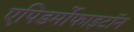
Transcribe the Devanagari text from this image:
एपिडर्मोफाइटॉन